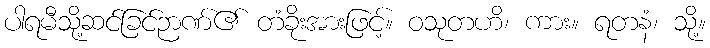
ပါရမီသို့ဆင်ခြင်ဉာဏ်၏ တံခိုးအားဖြင့်။ ဝသုတဟိ၊ ကား။ ရတနံ၊ သို့။